Language: tamil
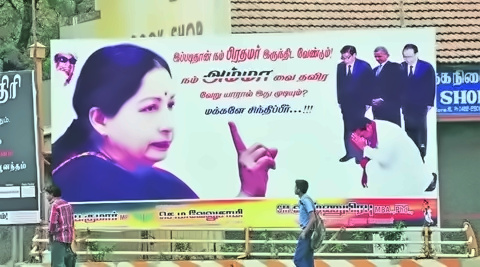
Transcription: இப்படிதான் வேண்டும் வை யாரால் இது சிந்திப்பீர் இருந்திட தவிர வேறு மக்களே அம்மா பிரதமர் நம் முடியும் கநின